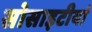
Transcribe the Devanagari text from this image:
सोसाइटीयां